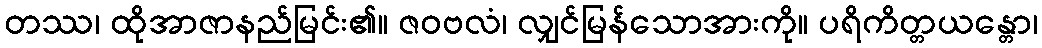
တဿ၊ ထိုအာဇာနည်မြင်း၏။ ဇဝဗလံ၊ လျှင်မြန်သောအားကို။ ပရိကိတ္တယန္တော၊